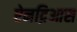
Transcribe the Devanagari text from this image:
ऐनद्रिआस